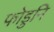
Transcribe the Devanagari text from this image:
फोडुनि